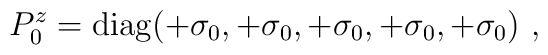
P^z_0={\rm diag}(+\sigma_0, +\sigma_0, +\sigma_0, +\sigma_0,+\sigma_0)~,~\,